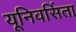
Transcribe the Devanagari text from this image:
यूनिवर्सिता